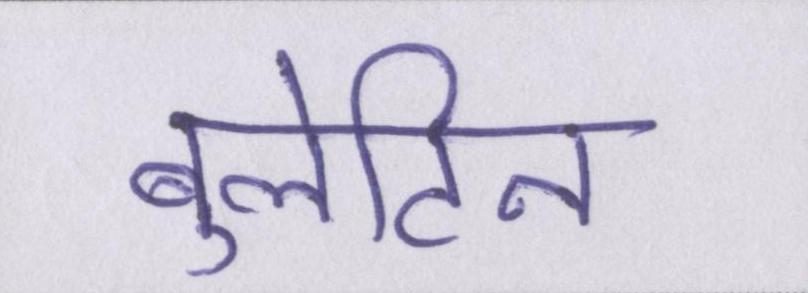
बुलेटिन